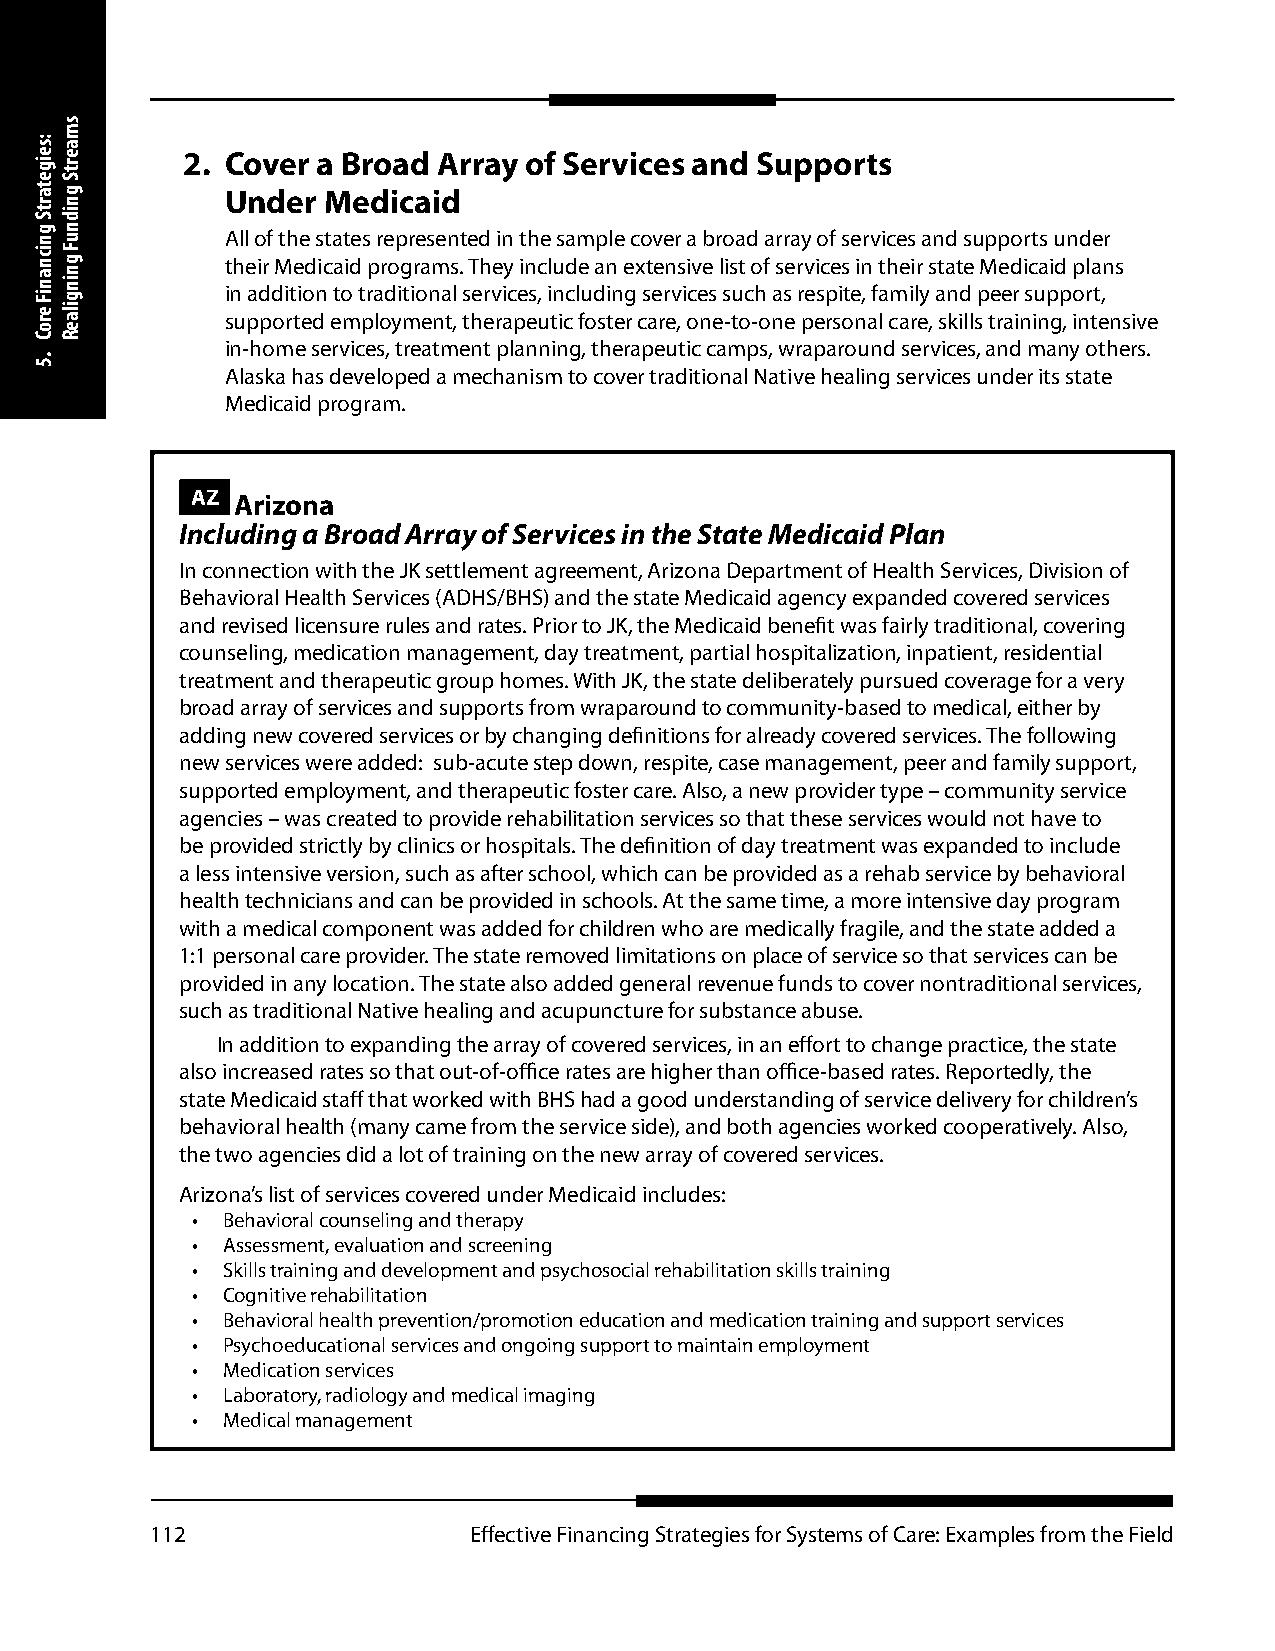
2. Cover a Broad Array of Services and Supports
 Under Medicaid
 All of the states represented in the sample cover a broad array of services and supports under
 their Medicaid programs. They include an extensive list of services in their state Medicaid plans
 in addition to traditional services, including services such as respite, family and peer support,
 supported employment, therapeutic foster care, one-to-one personal care, skills training, intensive
 in-home services, treatment planning, therapeutic camps, wraparound services, and many others.
 Alaska has developed a mechanism to cover traditional Native healing services under its state
 Medicaid program.
 AZ Arizona
 Including a Broad Array of Services in the State Medicaid Plan
 In connection with the JK settlement agreement, Arizona Department of Health Services, Division of
 Behavioral Health Services (ADHS/BHS) and the state Medicaid agency expanded covered services
 and revised licensure rules and rates. Prior to JK, the Medicaid benefit was fairly traditional, covering
 counseling, medication management, day treatment, partial hospitalization, inpatient, residential
 treatment and therapeutic group homes. With JK, the state deliberately pursued coverage for a very
 broad array of services and supports from wraparound to community-based to medical, either by
 adding new covered services or by changing definitions for already covered services. The following
 new services were added: sub-acute step down, respite, case management, peer and family support,
 supported employment, and therapeutic foster care. Also, a new provider type – community service
 agencies – was created to provide rehabilitation services so that these services would not have to
 be provided strictly by clinics or hospitals. The definition of day treatment was expanded to include
 a less intensive version, such as after school, which can be provided as a rehab service by behavioral
 health technicians and can be provided in schools. At the same time, a more intensive day program
 with a medical component was added for children who are medically fragile, and the state added a
 1:1 personal care provider. The state removed limitations on place of service so that services can be
 provided in any location. The state also added general revenue funds to cover nontraditional services,
 such as traditional Native healing and acupuncture for substance abuse.
 In addition to expanding the array of covered services, in an effort to change practice, the state
 also increased rates so that out-of-office rates are higher than office-based rates. Reportedly, the
 state Medicaid staff that worked with BHS had a good understanding of service delivery for children’s
 behavioral health (many came from the service side), and both agencies worked cooperatively. Also,
 the two agencies did a lot of training on the new array of covered services.
 Arizona’s list of services covered under Medicaid includes:
 • Behavioral counseling and therapy
 • Assessment, evaluation and screening
 • Skills training and development and psychosocial rehabilitation skills training
 • Cognitive rehabilitation
 • Behavioral health prevention/promotion education and medication training and support services
 • Psychoeducational services and ongoing support to maintain employment
 • Medication services
 • Laboratory, radiology and medical imaging
 • Medical management
 112                  Effective Financing Strategies for Systems of Care: Examples from the Field
 :seigetartS
 gnicnaniF
 eroC
 .5
 smaertS
 gnidnuF
 gningilaeR